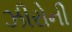
ઝીરોની